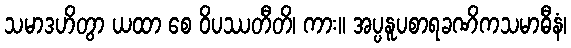
သမာဒဟိတွာ ယထာ စေ ဝိပဿတီတိ၊ ကား။ အပ္ပနူပစာရခဏိကသမာဓီနံ၊